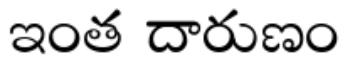
ఇంత దారుణం